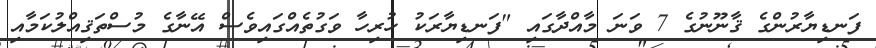
ފަނޑިޔާރުންގެ ޤާނޫނުގެ 7 ވަނަ މާއްދާގައި "ފަނޑިޔާރަކު ހުރިހާ ވަގުތެއްގައިވެސް އޭނާގެ މުސްތަޤިއްލުކަމާއި